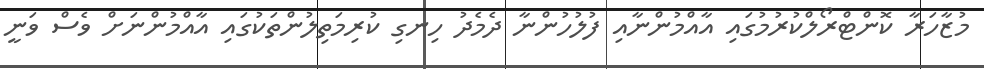
މުޒާހަރާ ކޮންޓްރޯލްކުރުމުގައި އާއްމުންނާއި ފުލުހުންނާ ދެމެދު ހިނގި ކުރިމަތިލުންތަކުގައި އާއްމުންނަށް ވެސް ވަނީ